Civil Veterinary Department. Central Provinces & Berar 1925-31 - 1925-1931
Year: 1925
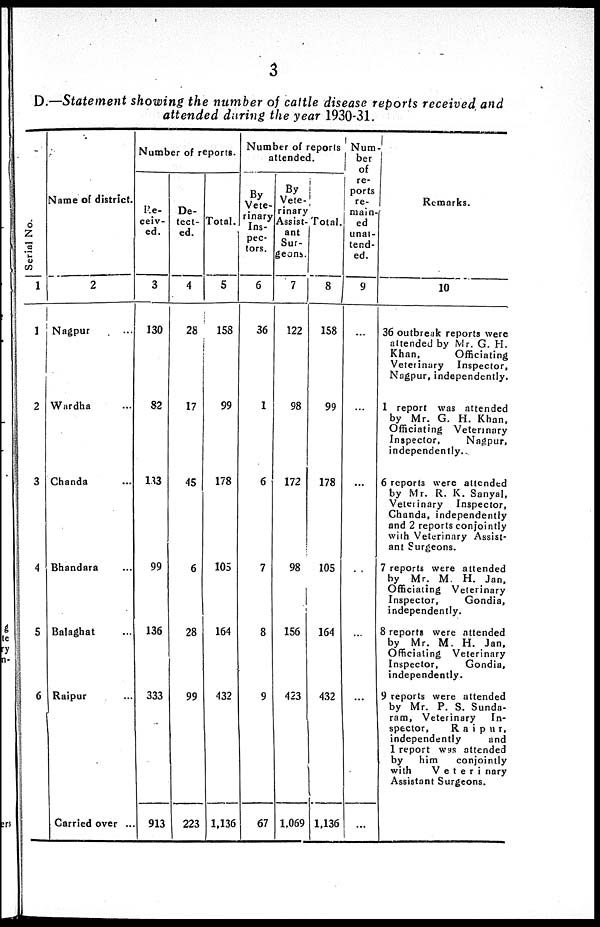
3
D.—Statement showing the number of cattle disease reports received and
attended during the year 1930-31.
Serial No.
1
1
2
3
4
5
6
Name of district.
2
Nagpur ...
Wardha ...
Chanda ...
Bhandara ...
Balaghat ...
Raipur ...
Carried over ..
Number of reports.
Re-
ceiv-
ed.
3
130
82
133
99
136
333
913
De-
tect-
ed.
4
28
17
45
6
28
99
223
Total.
5
158
99
178
105
164
432
1,136
Number of reports
attended.
By
Vete-
rinary
Ins-
pec-
tors.
6
36
1
6
7
8
9
67
By
Vete-
rinary
Assist-
ant
Sur-
geons.
7
122
98
172
98
156
423
1,069
Total.
8
158
99
178
105
164
432
1.136
Num-
ber
of
re-
ports
re-
main-
ed
unat-
tend-
ed.
9
...
...
...
...
...
...
...
Remarks.
10
36 outbreak reports were
attended by Mr. G. H.
Khan,
Officiating
Veterinary
Inspector,
Nagpur, independently.
1 report was attended
by Mr. G. H. Khan,
Officiating Veterinary
Inspector,
Nagpur,
independently.
6 reports were attended
by Mr. R. K. Sanyal,
Veterinary
Inspector,
Chanda, independently
and 2 reports conjointly
with Veterinary Assist-
ant Surgeons.
7 reports were attended
by Mr. M. H. Jan,
Officiating Veterinary
Inspector,
Gondia,
independently.
8 reports were attended
by Mr. M. H. Jan,
Officiating Veterinary
Inspector,
Gondia,
independently.
9 reports were attended
by Mr. P. S. Sunda-
ram, Veterinary
In-
spector,
Raipur,
independently
and
1 report was attended
by
him
conjointly
with
Veterinary
Assistant Surgeons.